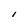
Character: I